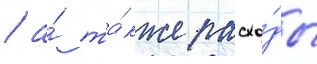
/ а́ та́кже расхо́ды